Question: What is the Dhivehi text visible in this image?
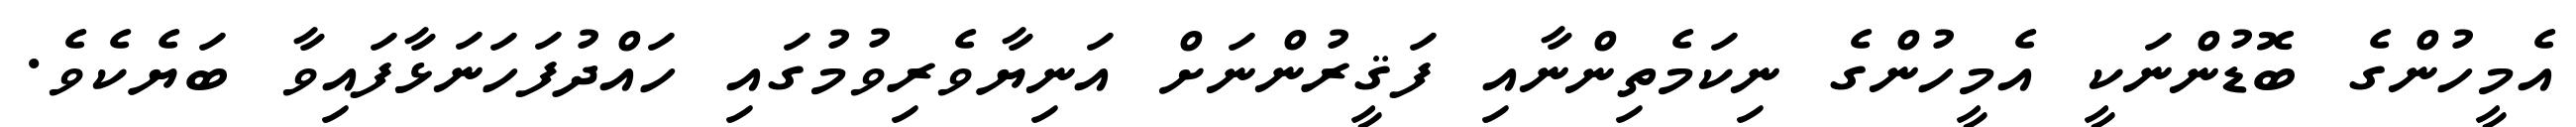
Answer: އެމީހުންގެ ބޮޑުންނަކީ އެމީހުންގެ ނިކަމެތިންނާއި ފަޤީރުންނަށް އަނިޔާވެރިވުމުގައި ހައްދުފަހަނަޅާފައިވާ ބަޔެކެވެ.